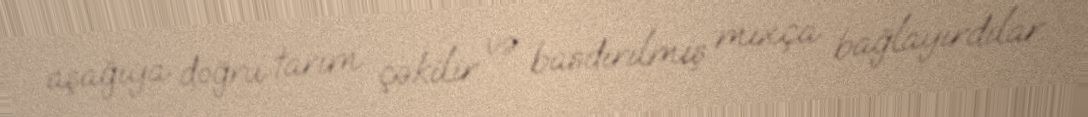
aşağıya doğru tarım çəkilir və basdırılmış mıxça bağlayırdılar.